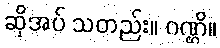
ဆိုအပ် သတည်း။ ဂဏ္ဌိ။